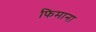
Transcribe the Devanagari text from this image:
फिमाना